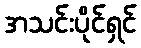
အသင်းပိုင်ရှင်